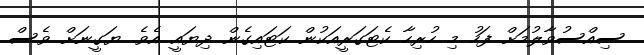
ސިއްސުވާލުމަށް ފަހު މި ހުރިހާ ކެޓަގަރީއަކުން ކަޓައިގެން ދިޔައީ އެވެ. ޔަގީނަށް ވެސް